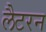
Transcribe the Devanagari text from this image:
लैटरन